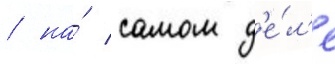
/ на́ самом д'е́л'е